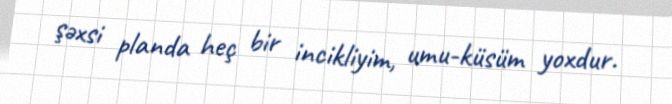
şəxsi planda heç bir incikliyim, umu-küsüm yoxdur.